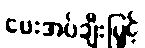
ပေးအပ်ချီးမြှင့်